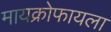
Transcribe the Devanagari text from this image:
मायक्रोफायला